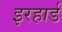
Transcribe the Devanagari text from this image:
इरहार्ड